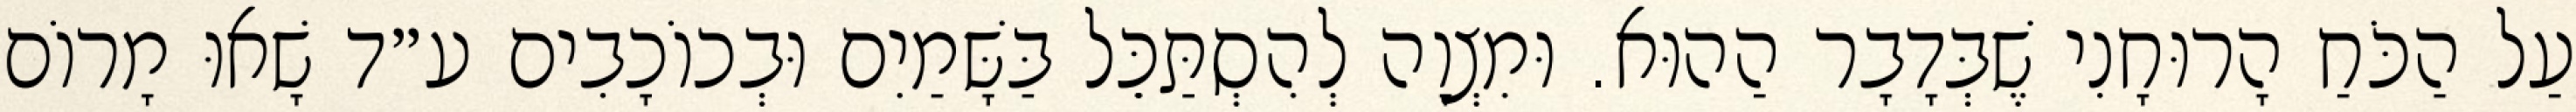
עַל הַכֹּחַ הָרוּחָנִי שֶׁבְּדָבָר הַהוּא. וּמִצְוָה לְהִסְתַּכֵּל בַּשָּׁמַיִם וּבְכוֹכָבִים ע״ד שָׁאוּ מָרוֹם